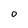
Character: 0